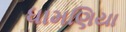
ધામણિયા